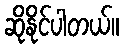
ဆိုနိုင်ပါတယ်။